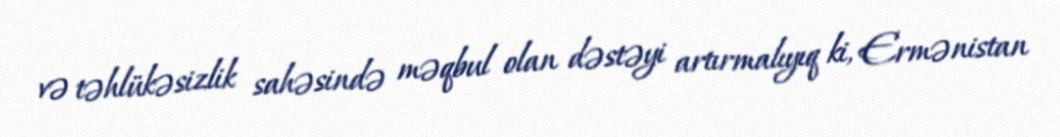
və təhlükəsizlik sahəsində məqbul olan dəstəyi artırmalıyıq ki, Ermənistan